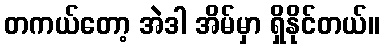
တကယ်တော့ အဲဒါ အိမ်မှာ ရှိနိုင်တယ်။